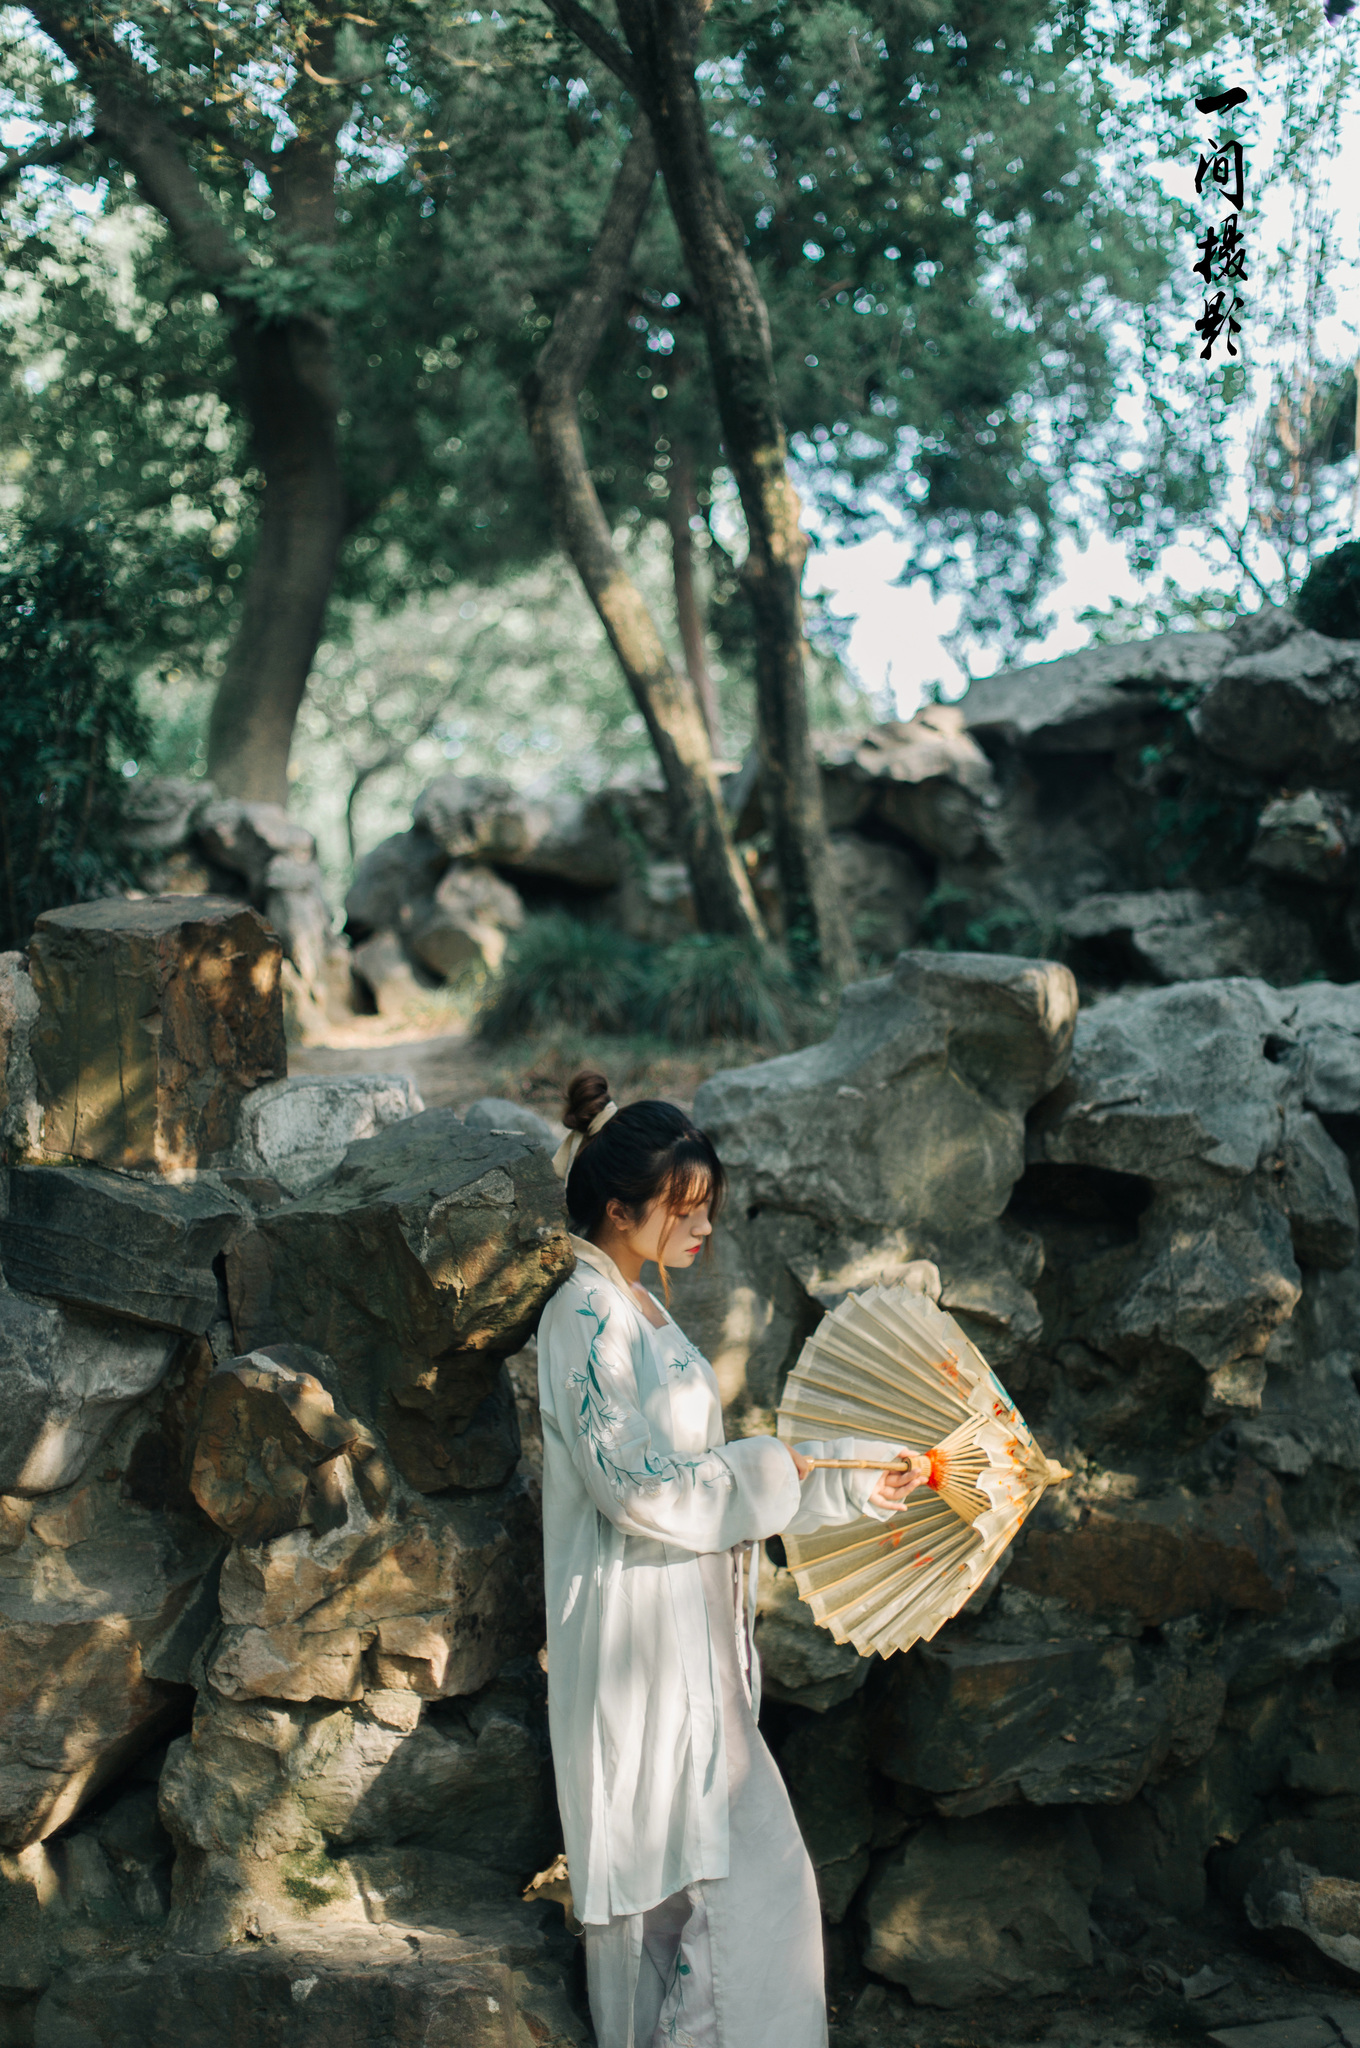
江山如有待，花柳自无私。